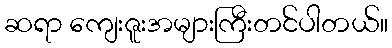
ဆရာ ကျေးဇူးအများကြီးတင်ပါတယ်။